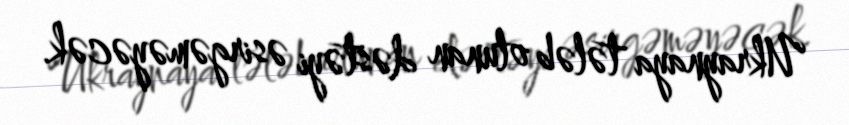
Ukraynaya tələb olunan dəstəyi əsirgəməyəcək.